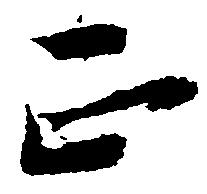
正